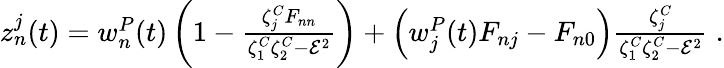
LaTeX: \begin{array}{r}{z_{n}^{j}(t)=w_{n}^{P}(t)\left(1-\frac{\zeta_{j}^{C}F_{nn}}{\zeta_{1}^{C}\zeta_{2}^{C}-\mathcal{E}^{2}}\right)+\left(w_{j}^{P}(t)F_{nj}-F_{n0}\right)\frac{\zeta_{j}^{C}}{\zeta_{1}^{C}\zeta_{2}^{C}-\mathcal{E}^{2}}\; .}\end{array}